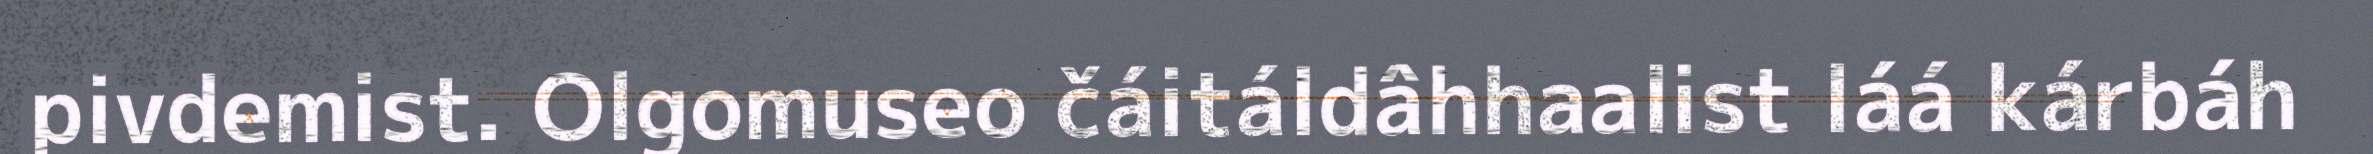
pivdemist. Olgomuseo čáitáldâhhaalist láá kárbáh